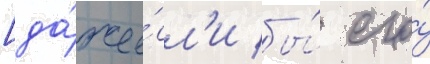
[да́же е́сл'и бы́ его́